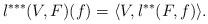
LaTeX: \begin{align*}l^{***}(V,F)(f)=\langle V,l^{**}(F,f)\rangle.\end{align*}